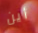
أين